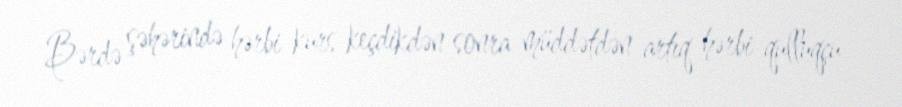
Bərdə şəhərində hərbi kurs keçdikdən sonra müddətdən artıq hərbi qulluqçu